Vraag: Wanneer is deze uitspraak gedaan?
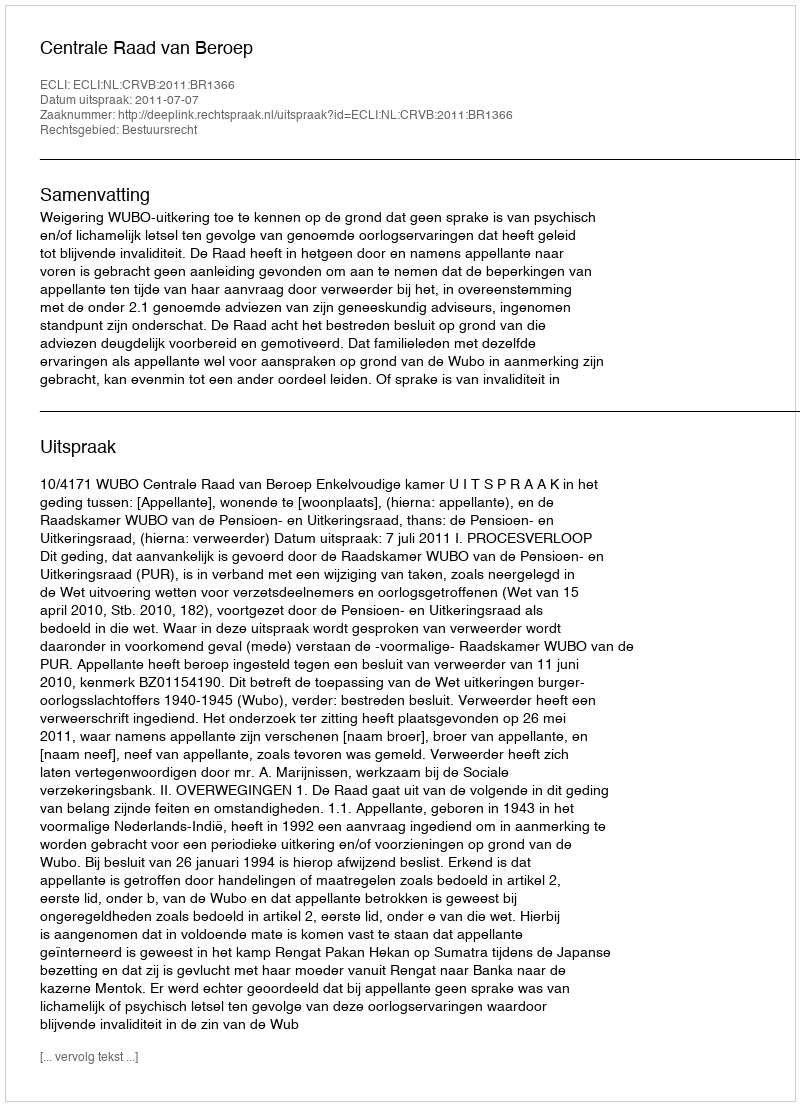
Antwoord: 2011-07-07